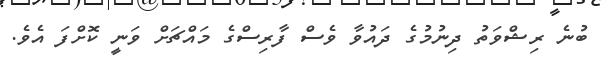
ބުނެ ރިޝްވަތު ދިނުމުގެ ދައުވާ ވެސް ފާރިސްގެ މައްޗަށް ވަނީ ކޮށްފަ އެވެ.